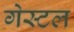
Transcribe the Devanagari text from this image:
गेस्टल